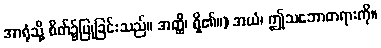
အာရုံသို့ စိတ်၌ပြုခြင်းသည်။ အတ္ထိ၊ ရှိ၏။) အယံ၊ ဤသဘောတရားကို။